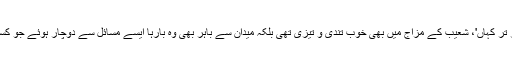
'ہے جستجو کہ تیز سے ہے تیز تر کہاں'، شعیب کے مزاج میں بھی خوب تندی و تیزی تھی بلکہ میدان سے باہر بھی وہ بارہا ایسے مسائل سے دوچار ہوئے جو کسی کھلاڑی کو زیب نہیں دیتے۔